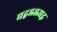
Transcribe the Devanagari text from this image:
द्यद्बह्लह्लद्यद्ग